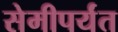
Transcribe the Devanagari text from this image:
सेमीपर्यंत